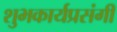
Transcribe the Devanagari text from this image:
शुभकार्यप्रसंगी